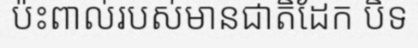
ប៉ះពាល់របស់មានជាតិដែក បិទ